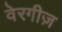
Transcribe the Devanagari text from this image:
वेरगीज़